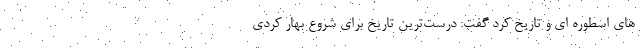
های اسطوره ای و تاریخ کُرد گفت: درست‌ترین تاریخ برای شروع بهار کُردی